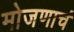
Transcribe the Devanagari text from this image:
मोजणाचं